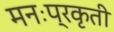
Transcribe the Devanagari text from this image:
मनःप्रकृती